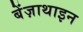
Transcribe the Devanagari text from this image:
बेंज़ाथाइन